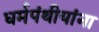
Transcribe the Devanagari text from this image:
धर्मपंथीयांना